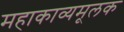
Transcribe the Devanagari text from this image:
महाकाव्यमूलक